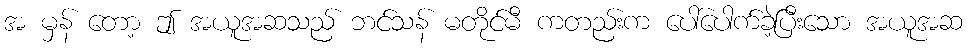
အ မှန် တော့ ဤ အယူအဆသည် ဘင်သန် မတိုင်မီ ကတည်းက ပေါ်ပေါက်ခဲ့ပြီးသော အယူအဆ